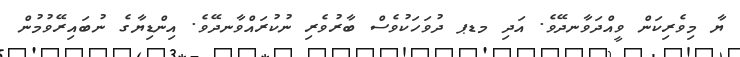
ޔާ މިވެރިކަން ވީއްދަވާނދޭވެ. އަދި މޑޕ ދުވަހަކުވެސް ބާރުވެރި ނުކުރައްވާނދޭވެ. އިންޑިޔާގެ ނުބައިރޭވުމުން